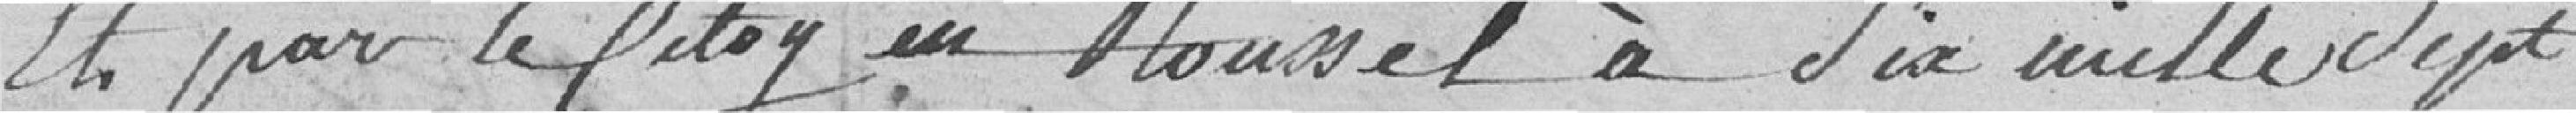
Et par le citoyen Rousset à six mille sept